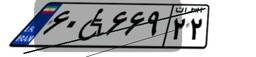
۵۲W۲۱۹۶۷